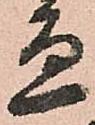
邊